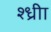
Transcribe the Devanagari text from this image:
श्ध्रीा